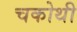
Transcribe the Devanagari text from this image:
चकोथी